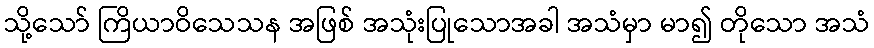
သို့သော် ကြိယာဝိသေသန အဖြစ် အသုံးပြုသောအခါ အသံမှာ မာ၍ တိုသော အသံ